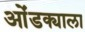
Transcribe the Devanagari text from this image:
ओंडक्याला